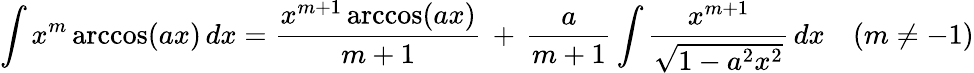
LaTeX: \int x^{m}\operatorname{arccos}(ax)\, dx={\frac{x^{m+1}\operatorname{arccos}(ax)}{m+1}}\, +\, {\frac{a}{m+1}}\int{\frac{x^{m+1}}{\sqrt{1-a^{2}x^{2}}}}\, dx\quad(m\neq-1)